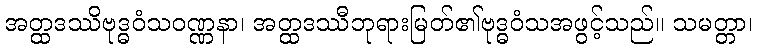
အတ္ထဒဿိဗုဒ္ဓဝံသဝဏ္ဏနာ၊ အတ္ထဒဿီဘုရားမြတ်၏ဗုဒ္ဓဝံသအဖွင့်သည်။ သမတ္တာ၊